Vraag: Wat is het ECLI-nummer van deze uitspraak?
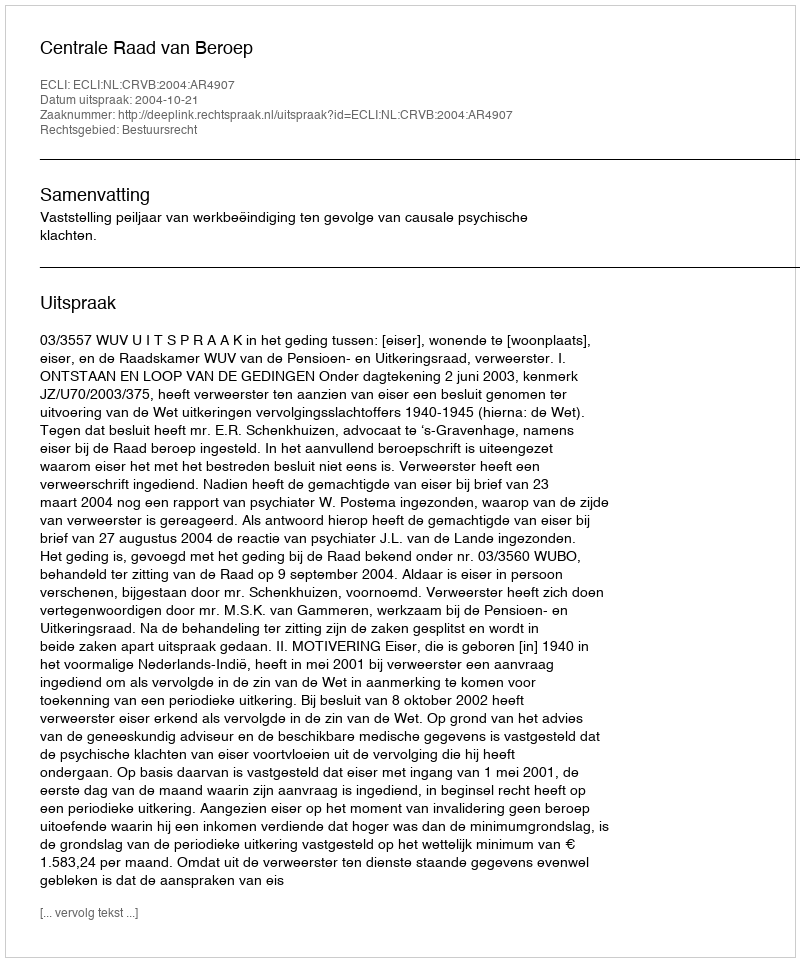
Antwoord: ECLI:NL:CRVB:2004:AR4907